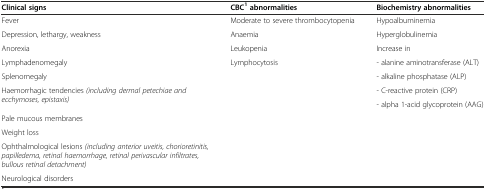
<table><thead><tr><td><b>Clinical signs</b></td><td><b>CBC<sup>1</sup>abnormalities</b></td><td><b>Biochemistry abnormalities</b></td></tr></thead><tbody><tr><td>Fever</td><td>Moderate to severe thrombocytopenia</td><td>Hypoalbuminemia</td></tr><tr><td>Depression, lethargy, weakness</td><td>Anaemia</td><td>Hyperglobulinemia</td></tr><tr><td>Anorexia</td><td>Leukopenia</td><td>Increase in</td></tr><tr><td>Lymphadenomegaly</td><td>Lymphocytosis</td><td>- alanine aminotransferase (ALT)</td></tr><tr><td>Splenomegaly</td><td></td><td>- alkaline phosphatase (ALP)</td></tr><tr><td rowspan="2">Haemorrhagic tendencies <i>(including dermal petechiae and ecchymoses, epistaxis)</i></td><td rowspan="2"></td><td>- C-reactive protein (CRP)</td></tr><tr><td>- alpha 1-acid glycoprotein (AAG)</td></tr><tr><td>Pale mucous membranes</td><td></td><td></td></tr><tr><td>Weight loss</td><td></td><td></td></tr><tr><td>Ophthalmological lesions <i>(including anterior uveitis, chorioretinitis, papilledema, retinal haemorrhage, retinal perivascular infiltrates, bullous retinal detachment)</i></td><td></td><td></td></tr><tr><td>Neurological disorders</td><td></td><td></td></tr></tbody></table>